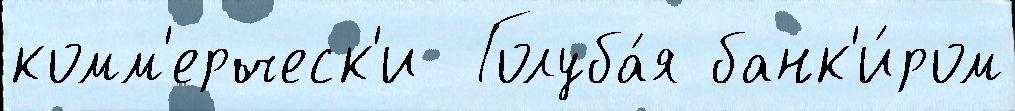
комм'ерческ'и  Голуба́я банк'и́ром